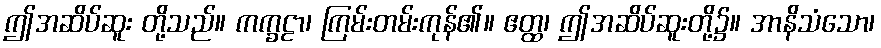
ဤအဆိပ်ဆူး တို့သည်။ ကက္ခဠာ၊ ကြမ်းတမ်းကုန်၏။ ဧတ္ထ၊ ဤအဆိပ်ဆူးတို့၌။ အာနိသံသော၊